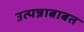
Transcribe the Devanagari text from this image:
उत्पन्नाबाबत